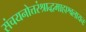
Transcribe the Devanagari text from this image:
संचयनोत्तरंश्राद्धमाहाश्वलायनः